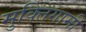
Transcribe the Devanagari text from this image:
मुक्तिगामी